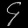
Digit: ၄